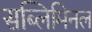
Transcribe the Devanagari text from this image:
सब्लिमिनल